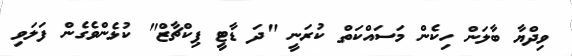
ވިދްޔާ ބާލަން ހިކެން މަސައްކަތް ކުރަނީ "ދަ ޑާޓީ ޕިކްޗާޒް" ކުޅެންވެގެން ފަލަވި